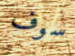
سوف